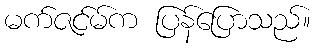
မက်ဇင်မ်က ပြန်ပြောသည်။